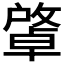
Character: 𢿭